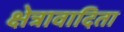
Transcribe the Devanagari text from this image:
क्षेत्रावादिता